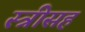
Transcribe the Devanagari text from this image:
स्त्रीसह